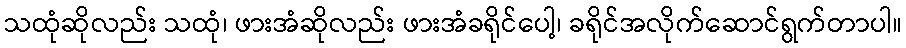
သထုံဆိုလည်း သထုံ၊ ဖားအံဆိုလည်း ဖားအံခရိုင်ပေါ့၊ ခရိုင်အလိုက်ဆောင်ရွက်တာပါ။